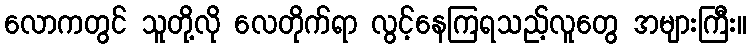
လောကတွင် သူတို့လို လေတိုက်ရာ လွင့်နေကြရသည့်လူတွေ အများကြီး။